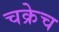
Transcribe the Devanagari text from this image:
चक्रेच